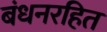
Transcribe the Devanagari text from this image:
बंधनरहित